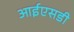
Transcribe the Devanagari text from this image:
आईएसडी